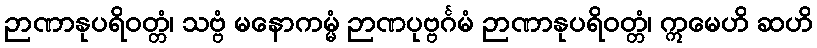
ဉာဏာနုပရိဝတ္တံ၊ သဗ္ဗံ မနောကမ္မံ ဉာဏပုဗ္ဗင်္ဂမံ ဉာဏာနုပရိဝတ္တံ၊ ဣမေဟိ ဆဟိ